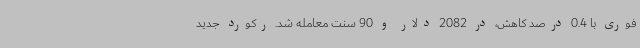
فوری با 0.4 درصد کاهش، در 2082 دلار و 90 سنت معامله شد. رکورد جدید